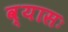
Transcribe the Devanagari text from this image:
व्यासः